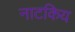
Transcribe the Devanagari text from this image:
नाटकिय